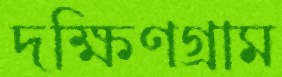
দক্ষিণগ্রাম